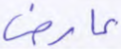
عارض